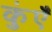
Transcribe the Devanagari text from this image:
कुंएँ